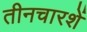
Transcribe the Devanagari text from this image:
तीनचारशें